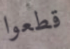
قطعوا